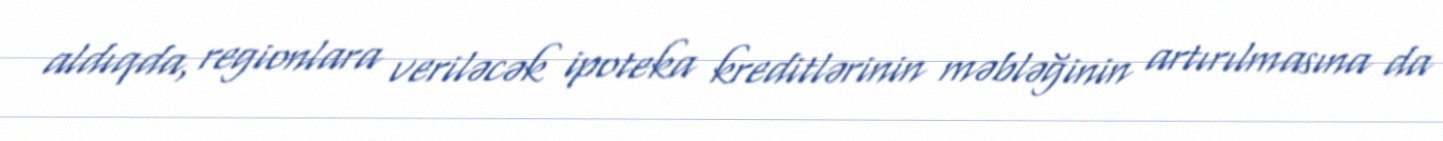
aldıqda, regionlara veriləcək ipoteka kreditlərinin məbləğinin artırılmasına da